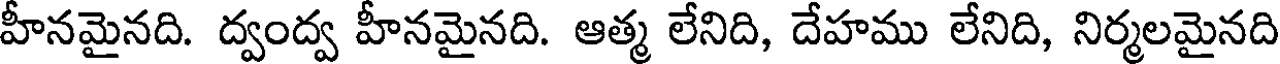
హీనమైనది. ద్వంద్వ హీనమైనది. ఆత్మ లేనిది, దేహము లేనిది, నిర్మలమైనది